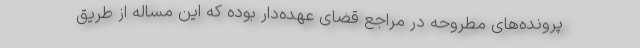
پرونده‌های مطروحه در مراجع قضای عهده‌دار بوده که این مساله از طریق